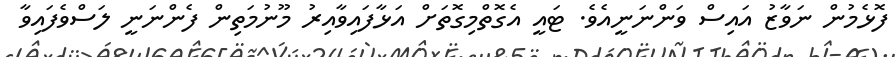
ފޮޅެމުން ނަވާޒު އައިސް ވަންނަނީއެވެ. ޓައީ އެގޮތްމިގޮތަށް އަޅާފައިވާއިރު މޫނުމަތިން ފެންނަނީ ލަސްވެފައިވާ